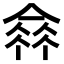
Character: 𠌺